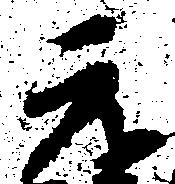
元